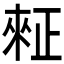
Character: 𪴺